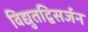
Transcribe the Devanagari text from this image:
विद्युतद्विसर्जन